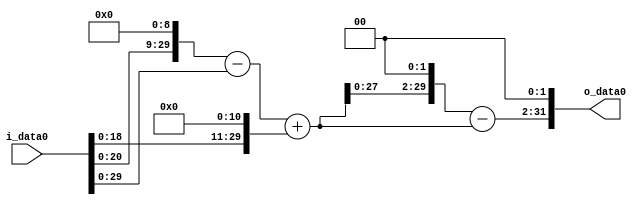
module multiplier_block_56 (
    i_data0,
    o_data0
);
  input   [31:0] i_data0;
  output  [31:0]
    o_data0;
  wire [31:0]
    w1,
    w512,
    w511,
    w2048,
    w2559,
    w10236,
    w7677,
    w30708;
  assign w1 = i_data0;
  assign w10236 = w2559 << 2;
  assign w2048 = w1 << 11;
  assign w2559 = w511 + w2048;
  assign w30708 = w7677 << 2;
  assign w511 = w512 - w1;
  assign w512 = w1 << 9;
  assign w7677 = w10236 - w2559;
  assign o_data0 = w30708;
endmodule